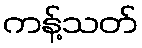
ကန့်သတ်